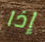
إذا